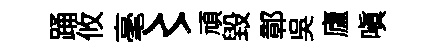
踊攸毫〻頑毀鄣呉廬嗔